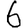
Digit: 6